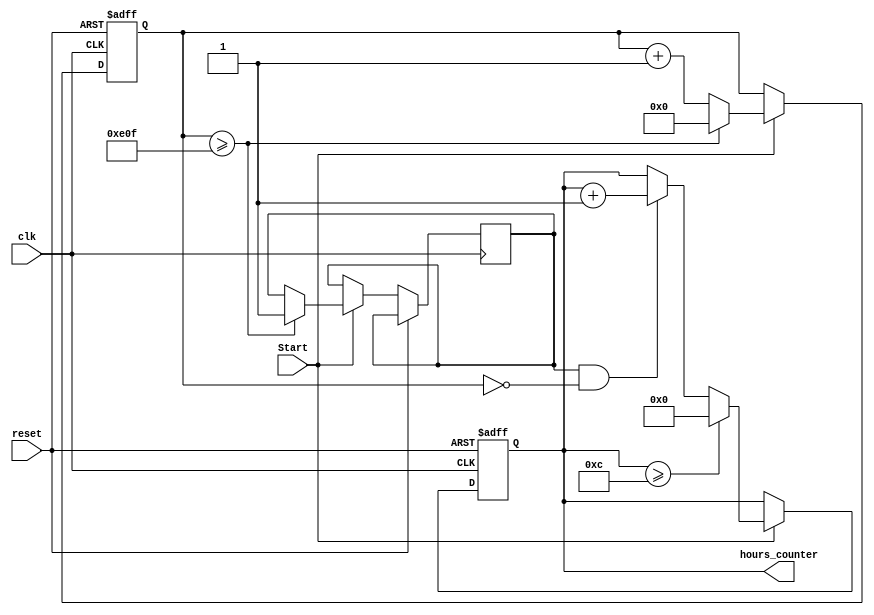
`timescale 1ns / 1ps
//////////////////////////////////////////////////////////////////////////////////
// Company: 
// Engineer: 
// 
// Design Name: 
// Module Name: Hour_Counter
// Project Name: 
// Target Devices: 
// Tool Versions: 
// Description: 
// 
// Dependencies: 
// 
// Revision:
// Revision 0.01 - File Created
// Additional Comments:
// 
//////////////////////////////////////////////////////////////////////////////////



 
module Hour_Counter(clk, reset,hours_counter,Start);
    
    input clk, reset,Start;
    
    output [3:0] hours_counter;
reg [11:0] counter_up;
reg [3:0] counter_up1;
reg enable;

initial
begin
counter_up1<=4'd0;
end
initial
begin
counter_up<=12'd0;
end

always @(posedge clk or posedge reset)
begin
if(reset)
begin
 counter_up1 <= 4'd0;
 counter_up<=12'd0;
end 
else if(Start)
 begin 
 counter_up <= counter_up + 12'd1; 
if(counter_up>=3599)
begin
counter_up<=0;
enable<=1;
end

if(enable==1 && counter_up==0)
begin
counter_up1<=counter_up1+4'd1;
end
if(counter_up1>=12)
begin
counter_up1<=0;
end
end
else
begin
counter_up1 <= counter_up1;
counter_up <=counter_up;
end
end
assign hours_counter = counter_up1;

endmodule